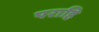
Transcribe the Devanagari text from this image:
पराहि